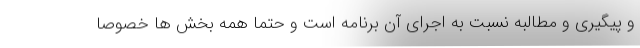
و پیگیری و مطالبه نسبت به اجرای آن برنامه است و حتما همه بخش ها خصوصا